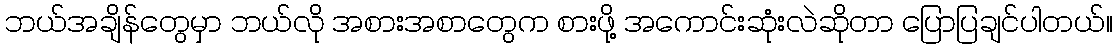
ဘယ်အချိန်တွေမှာ ဘယ်လို အစားအစာတွေက စားဖို့ အကောင်းဆုံးလဲဆိုတာ ပြောပြချင်ပါတယ်။